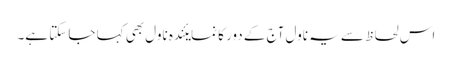
اس لحاظ سے یہ ناول آج کے دور کا نمایئندہ ناول بھی کہا جا سکتا ہے۔